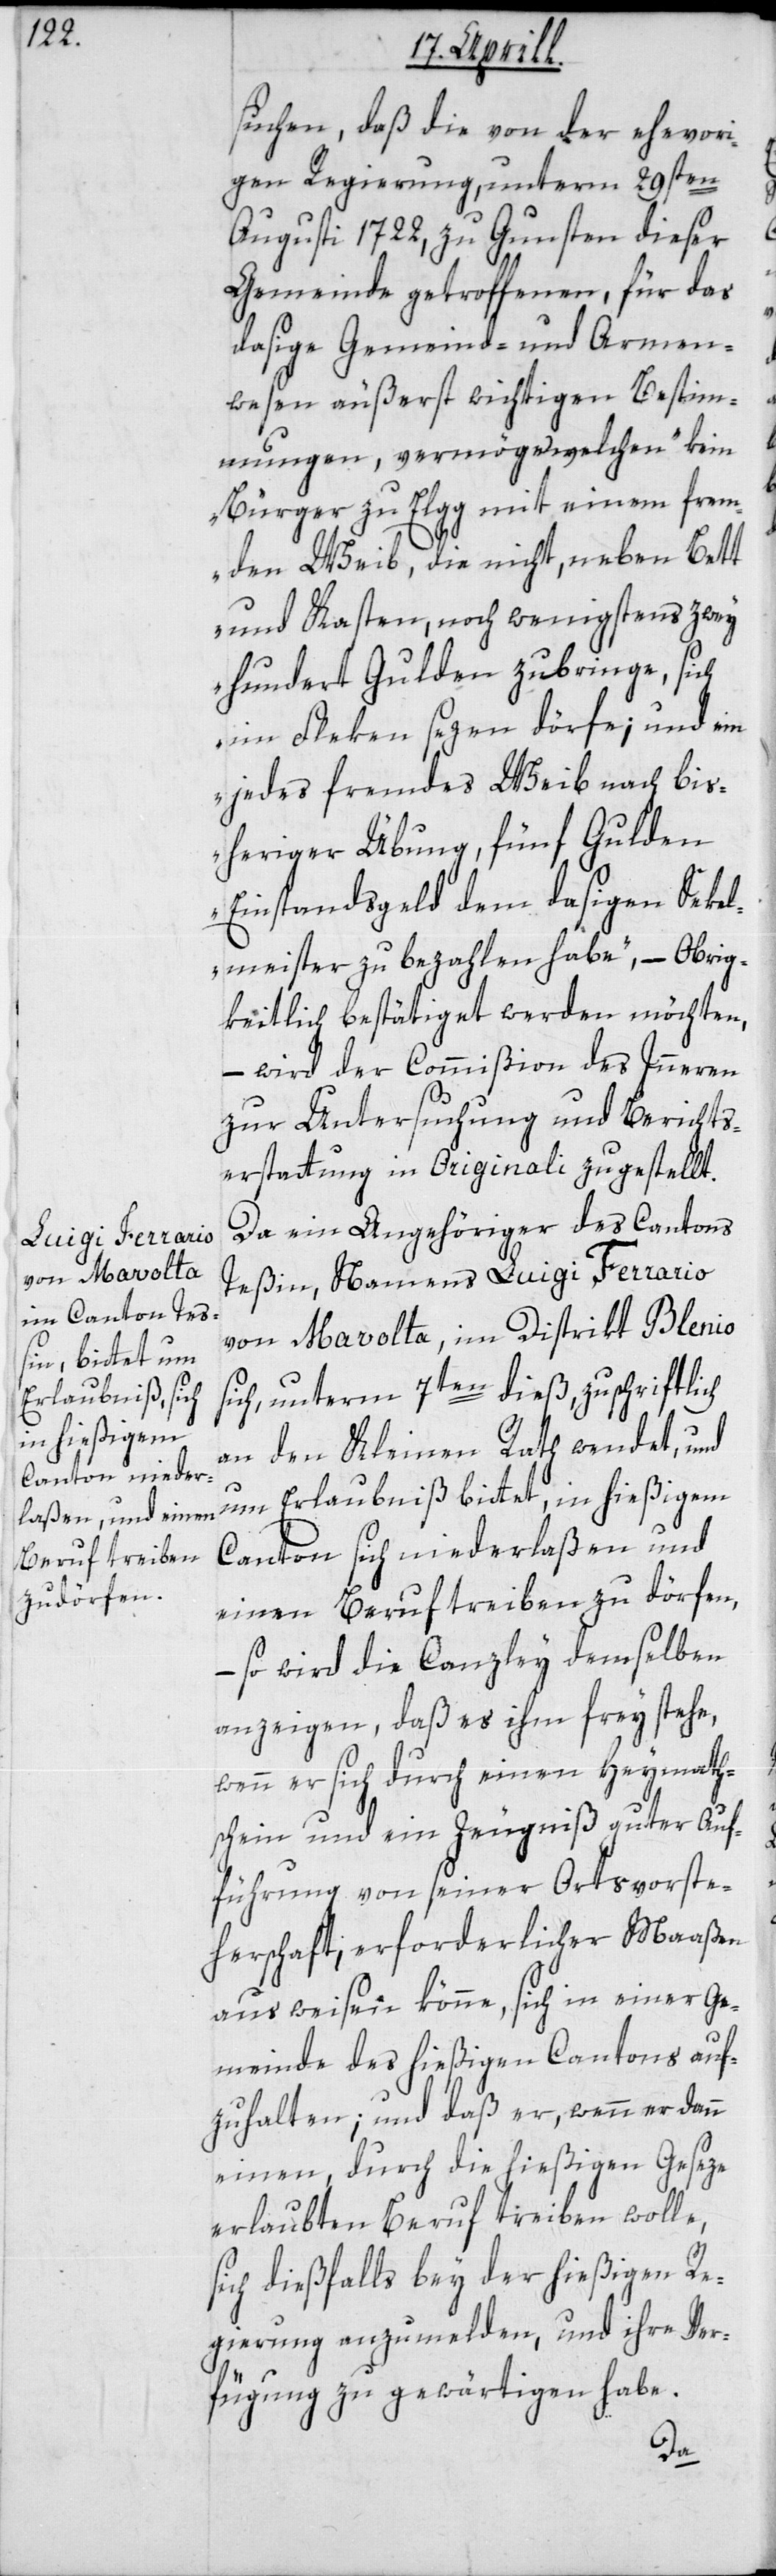
chen, daß die von der ehevori¬
gen Regierung unterm 29sten
Augusti 1722, zu Gunsten dieser
Gemeinde getroffenen, für das
dasige Gemeind- und Armen¬
wesen äußerst wichtigen Bestim¬
mungen, vermöge welchen „kein
Bürger zu Elgg mit einem frem¬
den Weib, die nicht, neben Bett
und Kasten, noch weingstens zwey
hundert Gulden zubringe, sich
im Fleken sezen dörfe; und ein
jedes fremde Weib nach bis¬
heriger Übung, 5 Gulden
Einstandsgeld dem dasigen Sekel¬
meister zu bezahlen habe“, – Obrig¬
keitlich bestätiget werden möchten,
– wird der Commißion des Innern
zur Untersuchung und Berichts¬
erstattung in Originali zugestellt.
Da ein Angehöriger des Cantons
Teßin namens Luigi Ferrario
von Mavolta, im Distrikt Blenio,
sich unterm 7ten dieß zuschriftlich
an den Kleinen Rath wendet, und
um Erlaubniß bittet, in hießigem
Canton sich niederlaßen und
einen Beruf treiben zu dörfen,
– so wird die Canzley demselben
anzeigen, daß es ihm frey stehe,
wenn er sich durch einen Heymath¬
schein und ein Zeugniß guter Auf¬
führung von seiner Ortsvorste¬
herschaft, erforderlicher Maaßen
ausweisen könne, sich in einer Ge¬
meinde des hießigen Cantons auf¬
zuhalten, und daß er, wenn er dann
einen, durch die hießigen Geseze
erlaubten Beruf treiben wolle,
sich dießfalls bey der hießigen Re¬
gierung anzumelden und ihre Ver¬
fügung zu gewärtigen habe.